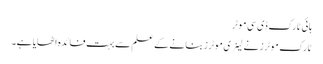
ہائی ٹارک ڈی سی موٹر
ٹارک موٹرز نے لینری موٹرز بنانے کے علم سے بہت فائدہ اٹھایا ہے۔